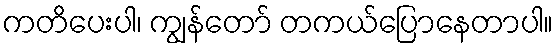
ကတိပေးပါ၊ ကျွန်တော် တကယ်ပြောနေတာပါ။